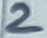
Text: 2